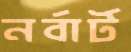
নর্বার্ট